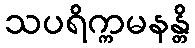
သပရိက္ကမနန္တိ